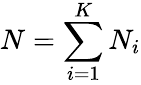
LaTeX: N=\sum_{i=1}^{K}N_{i}